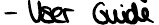
- User Guide